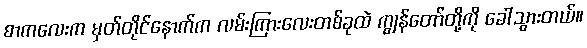
စာကလေးက မှတ်တိုင်နောက်က လမ်းကြားလေးတစ်ခုထဲ ကျွန်တော်တို့ကို ခေါ်သွားတယ်။